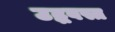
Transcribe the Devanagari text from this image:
उद्धवस्त